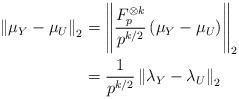
\begin{align*}\left\| \mu_Y - \mu_U \right\|_2& = \left\| \frac{F_p^{\otimes k}}{p^{k/2}} \left( \mu_Y - \mu_U \right) \right\|_2\\& = \frac{1}{p^{k/2}} \left\| \lambda_Y - \lambda_U \right\|_2\end{align*}